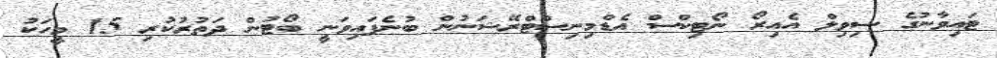
ޓައިވާނުގެ ސިވިލް އެއިރޯ ނޯޓިކްސް އެޑްމިނިސްޓްރޭޝަނުން ބުނެފައިވަނީ ބޯޓުން ދަތުރުކުރި 15 މީހަކު